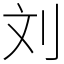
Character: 刘